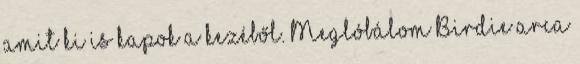
amit ki is kapok a kezéből. Meglóbálom Birdie arca